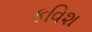
કવિશ